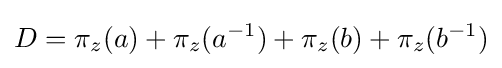
\displaystyle {D=\pi _{z}(a)+\pi _{z}(a^{-1})+\pi _{z}(b)+\pi _{z}(b^{-1})}